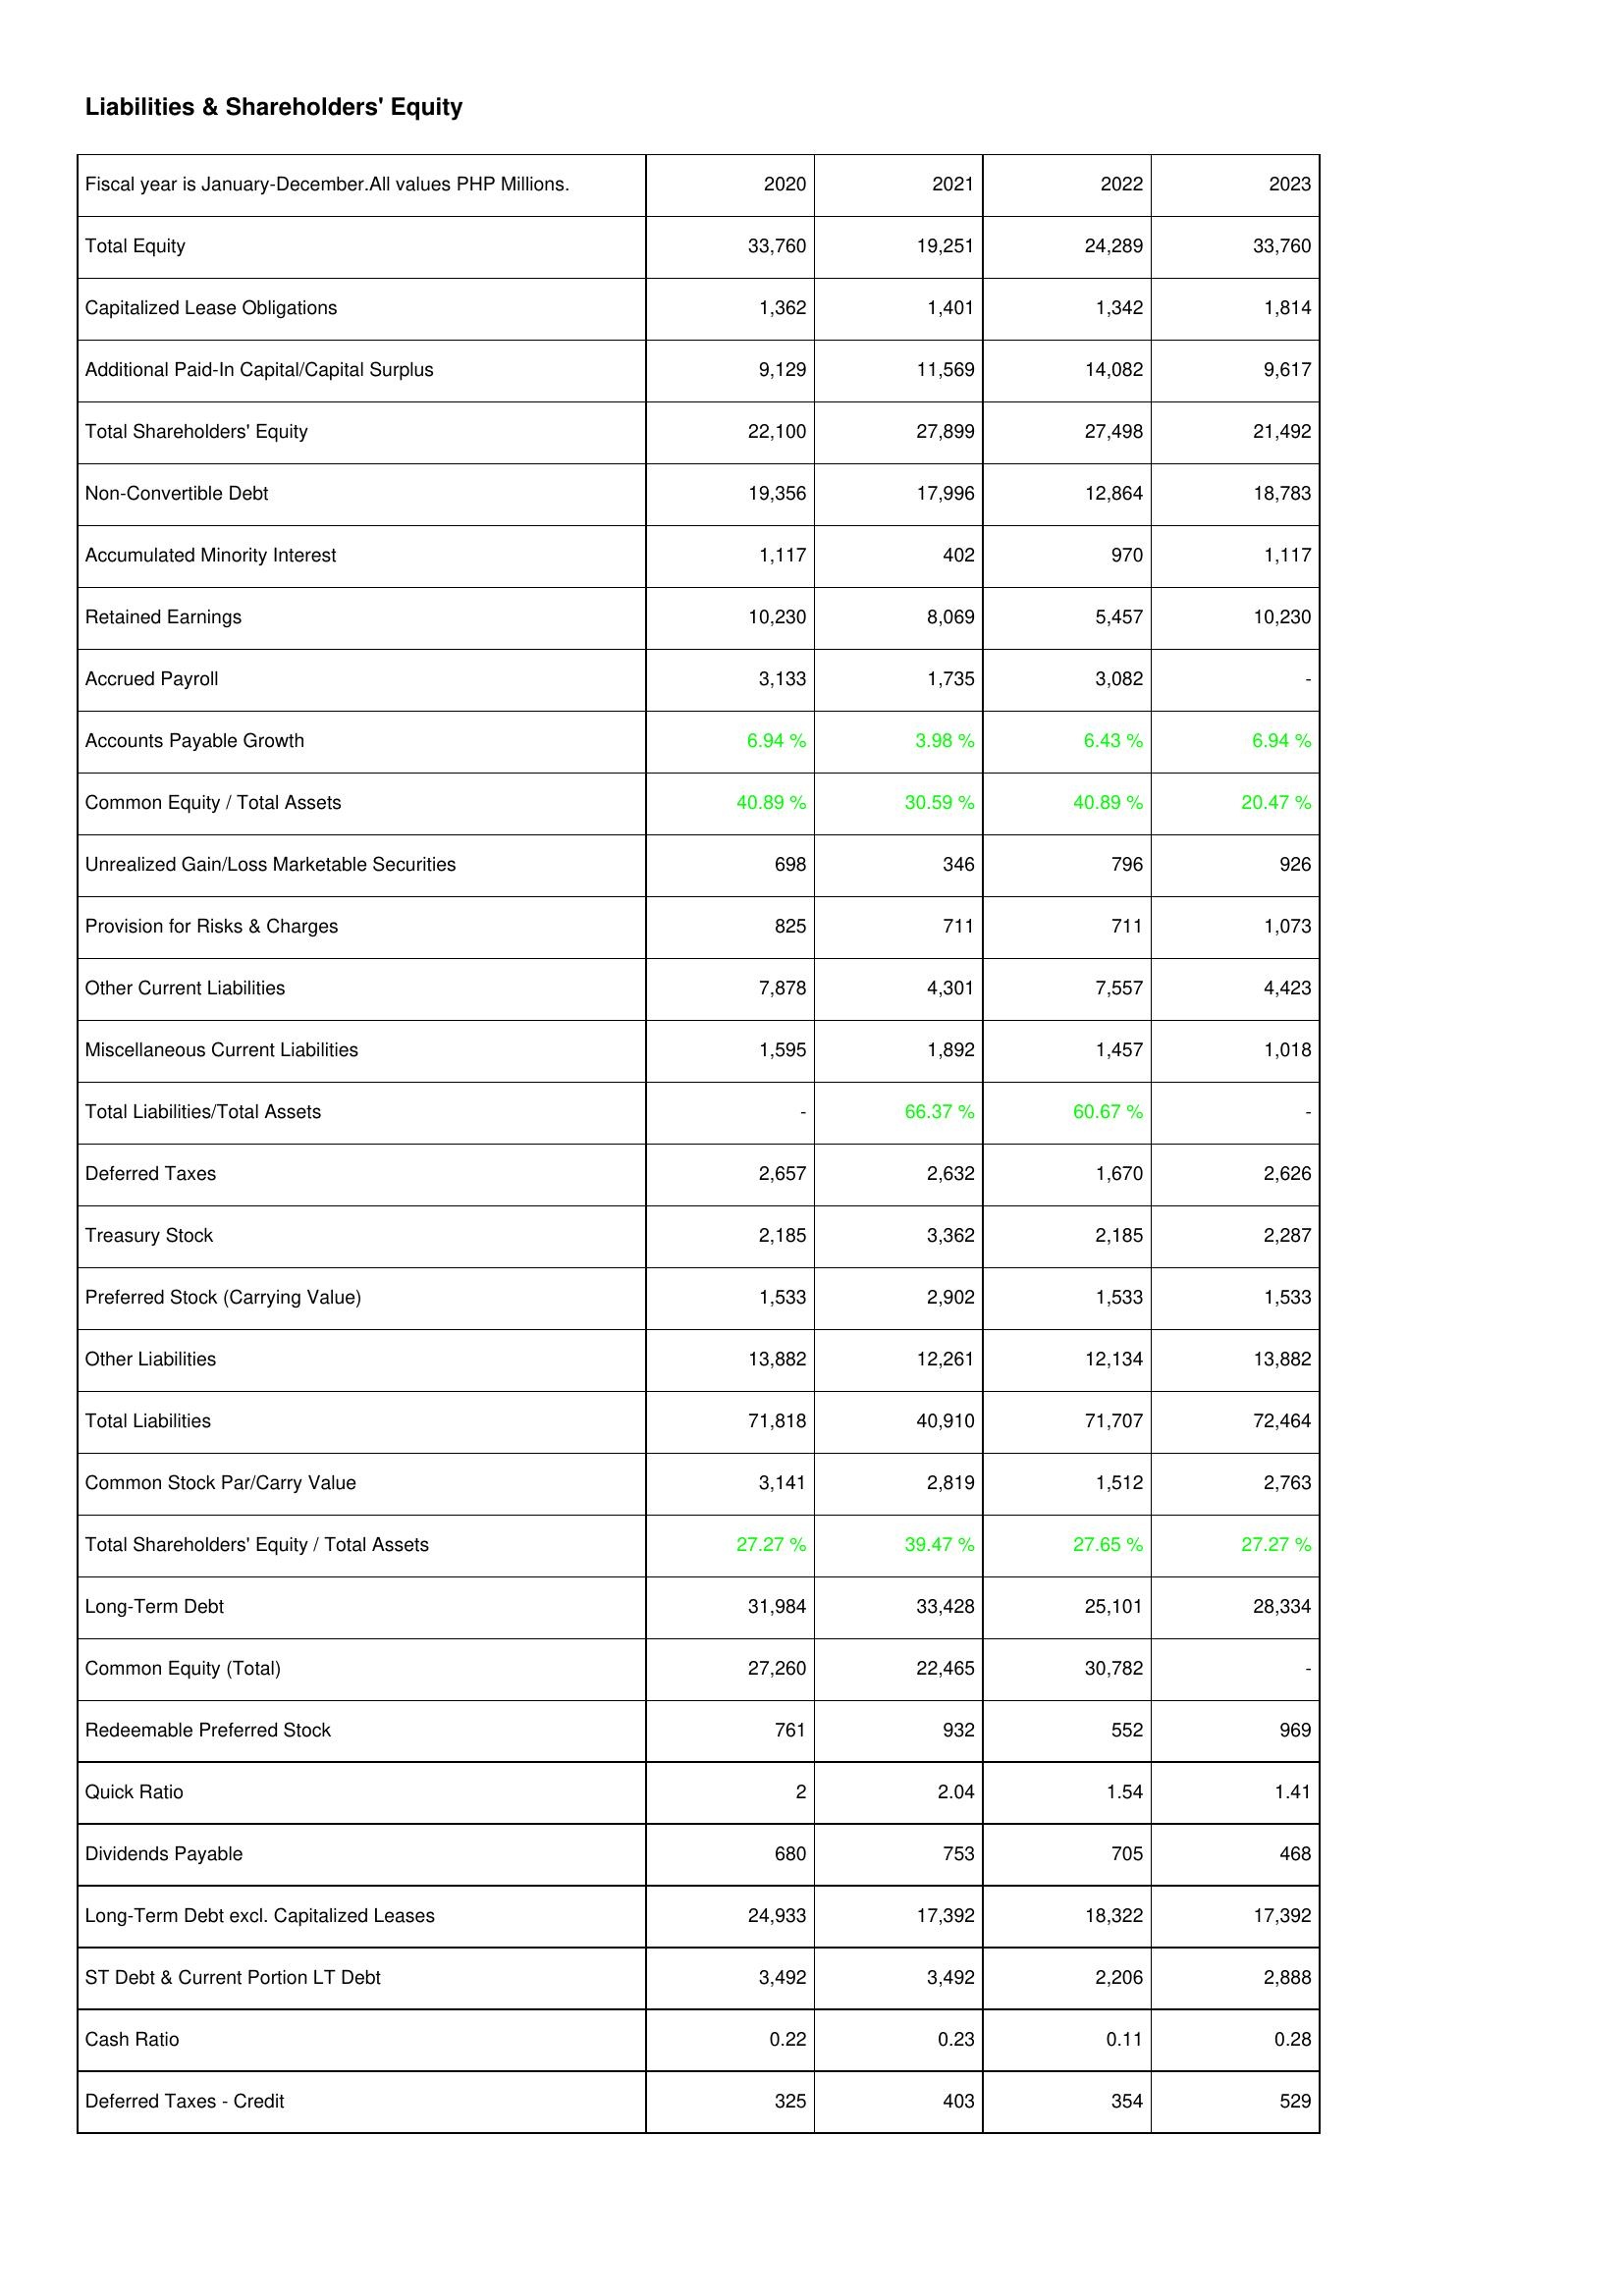
2020: Liabilities & Shareholders' Equity: Total Equity: 33,760
Capitalized Lease Obligations: 1,362
Additional Paid-In Capital/Capital Surplus: 9,129
Total Shareholders' Equity: 22,100
Non-Convertible Debt: 19,356
Accumulated Minority Interest: 1,117
Retained Earnings: 10,230
Accrued Payroll: 3,133
Accounts Payable Growth: 6.94 %
Common Equity / Total Assets: 40.89 %
Unrealized Gain/Loss Marketable Securities: 698
Provision for Risks & Charges: 825
Other Current Liabilities: 7,878
Miscellaneous Current Liabilities: 1,595
Total Liabilities/Total Assets: -
Deferred Taxes: 2,657
Treasury Stock: 2,185
Preferred Stock (Carrying Value): 1,533
Other Liabilities: 13,882
Total Liabilities: 71,818
Common Stock Par/Carry Value: 3,141
Total Shareholders' Equity / Total Assets: 27.27 %
Long-Term Debt: 31,984
Common Equity (Total): 27,260
Redeemable Preferred Stock: 761
Quick Ratio: 2
Dividends Payable: 680
Long-Term Debt excl. Capitalized Leases: 24,933
ST Debt & Current Portion LT Debt: 3,492
Cash Ratio: 0.22
Deferred Taxes - Credit: 325
2021: Liabilities & Shareholders' Equity: Total Equity: 19,251
Capitalized Lease Obligations: 1,401
Additional Paid-In Capital/Capital Surplus: 11,569
Total Shareholders' Equity: 27,899
Non-Convertible Debt: 17,996
Accumulated Minority Interest: 402
Retained Earnings: 8,069
Accrued Payroll: 1,735
Accounts Payable Growth: 3.98 %
Common Equity / Total Assets: 30.59 %
Unrealized Gain/Loss Marketable Securities: 346
Provision for Risks & Charges: 711
Other Current Liabilities: 4,301
Miscellaneous Current Liabilities: 1,892
Total Liabilities/Total Assets: 66.37 %
Deferred Taxes: 2,632
Treasury Stock: 3,362
Preferred Stock (Carrying Value): 2,902
Other Liabilities: 12,261
Total Liabilities: 40,910
Common Stock Par/Carry Value: 2,819
Total Shareholders' Equity / Total Assets: 39.47 %
Long-Term Debt: 33,428
Common Equity (Total): 22,465
Redeemable Preferred Stock: 932
Quick Ratio: 2.04
Dividends Payable: 753
Long-Term Debt excl. Capitalized Leases: 17,392
ST Debt & Current Portion LT Debt: 3,492
Cash Ratio: 0.23
Deferred Taxes - Credit: 403
2022: Liabilities & Shareholders' Equity: Total Equity: 24,289
Capitalized Lease Obligations: 1,342
Additional Paid-In Capital/Capital Surplus: 14,082
Total Shareholders' Equity: 27,498
Non-Convertible Debt: 12,864
Accumulated Minority Interest: 970
Retained Earnings: 5,457
Accrued Payroll: 3,082
Accounts Payable Growth: 6.43 %
Common Equity / Total Assets: 40.89 %
Unrealized Gain/Loss Marketable Securities: 796
Provision for Risks & Charges: 711
Other Current Liabilities: 7,557
Miscellaneous Current Liabilities: 1,457
Total Liabilities/Total Assets: 60.67 %
Deferred Taxes: 1,670
Treasury Stock: 2,185
Preferred Stock (Carrying Value): 1,533
Other Liabilities: 12,134
Total Liabilities: 71,707
Common Stock Par/Carry Value: 1,512
Total Shareholders' Equity / Total Assets: 27.65 %
Long-Term Debt: 25,101
Common Equity (Total): 30,782
Redeemable Preferred Stock: 552
Quick Ratio: 1.54
Dividends Payable: 705
Long-Term Debt excl. Capitalized Leases: 18,322
ST Debt & Current Portion LT Debt: 2,206
Cash Ratio: 0.11
Deferred Taxes - Credit: 354
2023: Liabilities & Shareholders' Equity: Total Equity: 33,760
Capitalized Lease Obligations: 1,814
Additional Paid-In Capital/Capital Surplus: 9,617
Total Shareholders' Equity: 21,492
Non-Convertible Debt: 18,783
Accumulated Minority Interest: 1,117
Retained Earnings: 10,230
Accrued Payroll: -
Accounts Payable Growth: 6.94 %
Common Equity / Total Assets: 20.47 %
Unrealized Gain/Loss Marketable Securities: 926
Provision for Risks & Charges: 1,073
Other Current Liabilities: 4,423
Miscellaneous Current Liabilities: 1,018
Total Liabilities/Total Assets: -
Deferred Taxes: 2,626
Treasury Stock: 2,287
Preferred Stock (Carrying Value): 1,533
Other Liabilities: 13,882
Total Liabilities: 72,464
Common Stock Par/Carry Value: 2,763
Total Shareholders' Equity / Total Assets: 27.27 %
Long-Term Debt: 28,334
Common Equity (Total): -
Redeemable Preferred Stock: 969
Quick Ratio: 1.41
Dividends Payable: 468
Long-Term Debt excl. Capitalized Leases: 17,392
ST Debt & Current Portion LT Debt: 2,888
Cash Ratio: 0.28
Deferred Taxes - Credit: 529